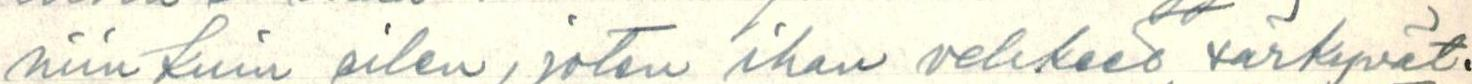
niin kuin eilen, joten ihan vehkeet särkyvät.